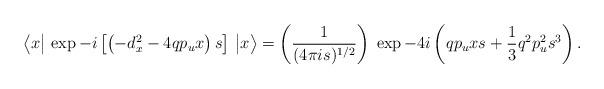
LaTeX: \begin{align*}\big\langle x\big\vert\, \exp -i\left[\left(-d_{x}^2-4q p_u x\right)s\right]\, \big \vert x\big\rangle= \left({1 \over {(4\pi is)^{1/2}}}\right)\;\exp -4i\left(q p_u xs + {1 \over 3} q^2 p_u^2 s^3\right).\end{align*}